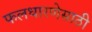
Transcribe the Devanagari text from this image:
फलधारणेसाठी